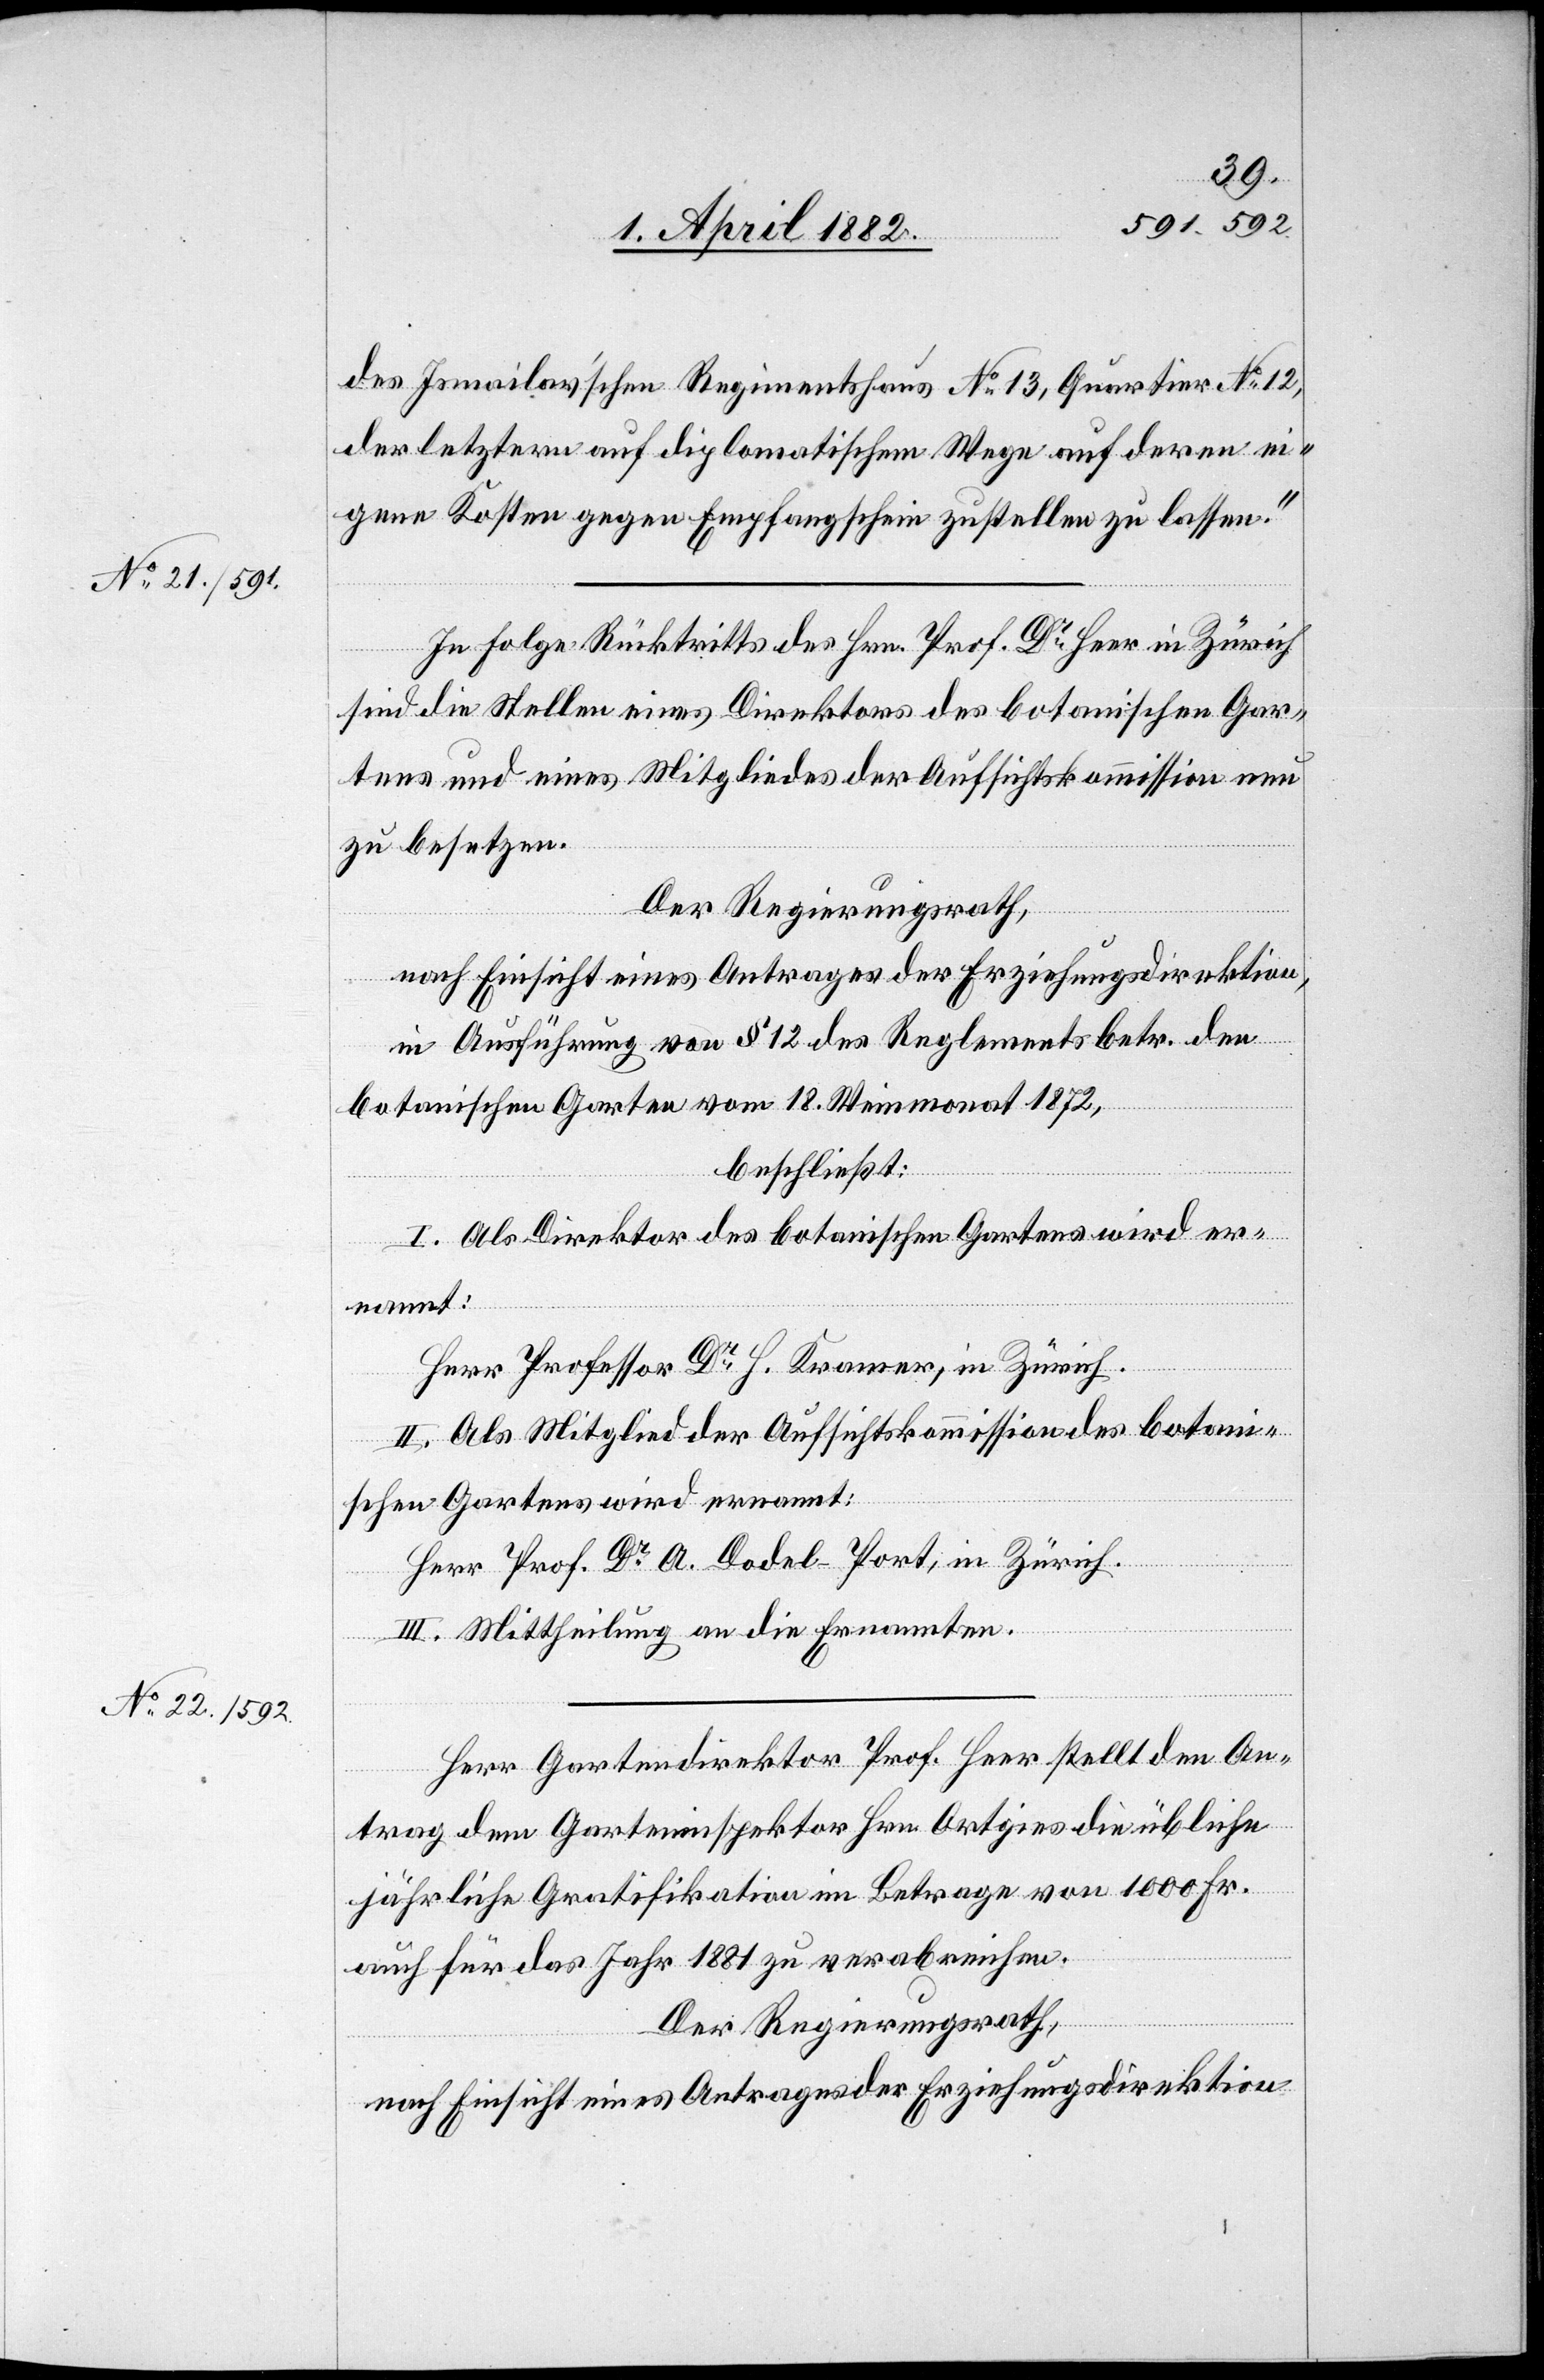
des Ismailav’schen Regimentshaus No 13, Quartier No 12,
der letztern auf diplomatischem Wege auf deren ei¬
gene Kosten gegen Empfangschein zustellen zu lassen.“
In Folge Rücktritts des Hrn. Prof. Dr Heer in Zürich
sind die Stellen eines Direktors des botanischen Gar¬
tens und eines Mitgliedes der Aufsichtskommission neu
zu besetzen.
Der Regierungsrath,
nach Einsicht eines Antrages der Erziehungsdirektion,
in Ausführung von § 12 des Reglements betr. den
botanischen Garten vom 18. Weinmonat 1872,
beschließt:
I. Als Direktor des botanischen Gartens wird er¬
nannt:
Herr Professor Dr H. Kramer, in Zürich.
II. Als Mitglied der Aufsichtskommission des botani¬
schen Gartens wird ernannt:
Herr Prof. Dr A. Dodel-Port, in Zürich.
III. Mittheilung an die Ernannten.
Herr Gartendirektor Prof. Heer stellt den An¬
trag dem Garteninspektor Hrn. Ortgies die übliche
jährliche Gratifikation im Betrage von 1000 Fr.
auch für das Jahr 1881 zu verabreichen.
Der Regierungsrath,
nach Einsicht eines Antrages der Erziehungsdirektion